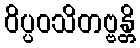
ဝိပ္ပဝသိတဗ္ဗန္တိ